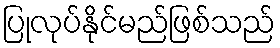
ပြုလုပ်နိုင်မည်ဖြစ်သည်